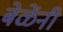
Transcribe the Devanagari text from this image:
बेळेंनी